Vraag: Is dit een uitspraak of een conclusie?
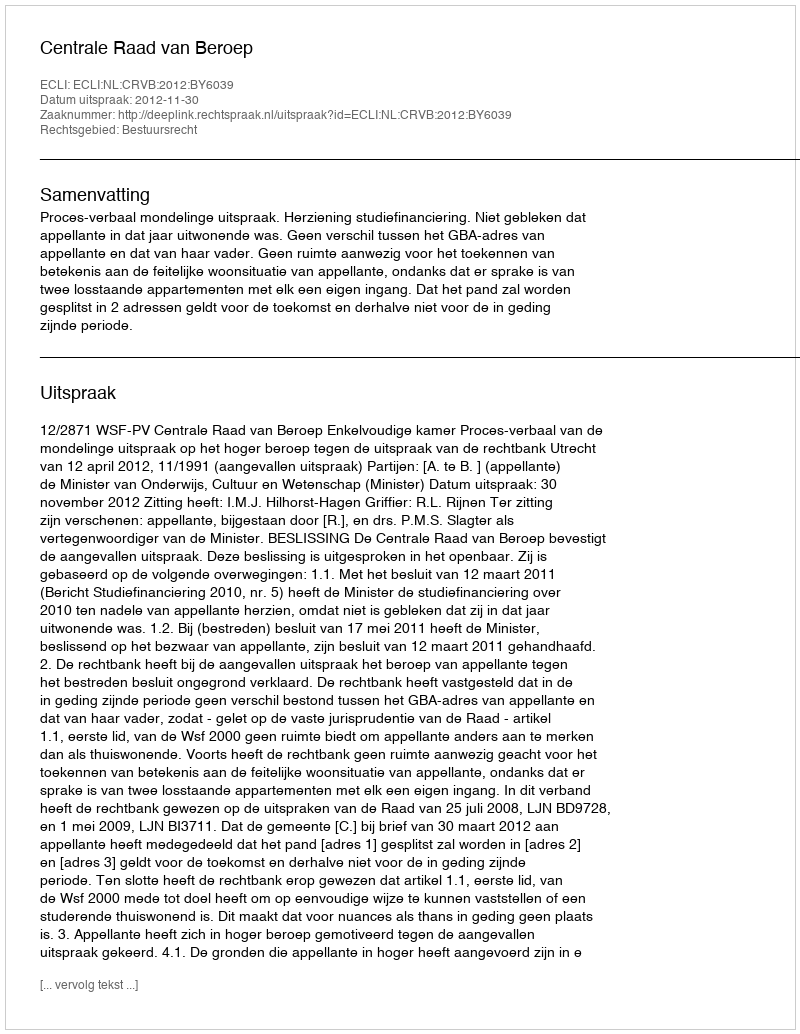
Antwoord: Uitspraak